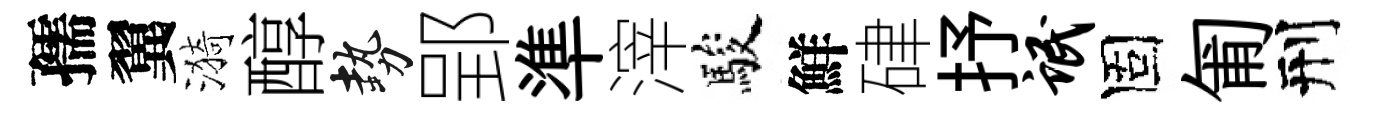
孺翼漪醇勢郢準滓駿鮮硉抒氓固匍刑